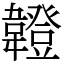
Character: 𩏠